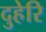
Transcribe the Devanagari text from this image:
दुहेरि